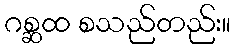
ဂစ္ဆထ စသည်တည်း။